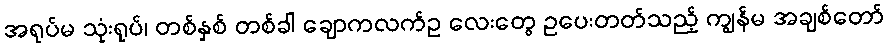
အရုပ်မ သုံးရုပ်၊ တစ်နှစ် တစ်ခါ ချောကလက်ဥ လေးတွေ ဥပေးတတ်သည့် ကျွန်မ အချစ်တော်